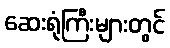
ဆေးရုံကြီးများတွင်